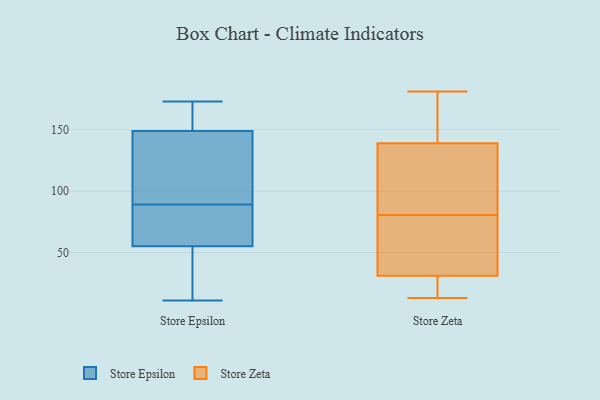
{"axis": {"x": "Active Users", "y": "Value"}, "legend": ["Store Epsilon", "Store Zeta"], "data": [{"x": "", "y": 47, "type": "Store Epsilon"}, {"x": "", "y": 150, "type": "Store Epsilon"}, {"x": "", "y": 17, "type": "Store Epsilon"}, {"x": "", "y": 86, "type": "Store Epsilon"}, {"x": "", "y": 77, "type": "Store Epsilon"}, {"x": "", "y": 85, "type": "Store Epsilon"}, {"x": "", "y": 161, "type": "Store Epsilon"}, {"x": "", "y": 149, "type": "Store Epsilon"}, {"x": "", "y": 76, "type": "Store Epsilon"}, {"x": "", "y": 45, "type": "Store Epsilon"}, {"x": "", "y": 105, "type": "Store Epsilon"}, {"x": "", "y": 55, "type": "Store Epsilon"}, {"x": "", "y": 165, "type": "Store Epsilon"}, {"x": "", "y": 143, "type": "Store Epsilon"}, {"x": "", "y": 11, "type": "Store Epsilon"}, {"x": "", "y": 96, "type": "Store Epsilon"}, {"x": "", "y": 92, "type": "Store Epsilon"}, {"x": "", "y": 173, "type": "Store Epsilon"}, {"x": "", "y": 44, "type": "Store Zeta"}, {"x": "", "y": 147, "type": "Store Zeta"}, {"x": "", "y": 181, "type": "Store Zeta"}, {"x": "", "y": 90, "type": "Store Zeta"}, {"x": "", "y": 124, "type": "Store Zeta"}, {"x": "", "y": 13, "type": "Store Zeta"}, {"x": "", "y": 23, "type": "Store Zeta"}, {"x": "", "y": 122, "type": "Store Zeta"}, {"x": "", "y": 49, "type": "Store Zeta"}, {"x": "", "y": 148, "type": "Store Zeta"}, {"x": "", "y": 31, "type": "Store Zeta"}, {"x": "", "y": 71, "type": "Store Zeta"}, {"x": "", "y": 20, "type": "Store Zeta"}, {"x": "", "y": 139, "type": "Store Zeta"}]}